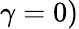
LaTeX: \gamma=0)